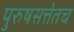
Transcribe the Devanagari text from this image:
पुरुषसत्तेतच